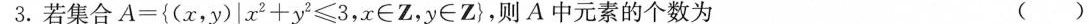
3.若集合 $$A = { ( x ,